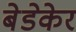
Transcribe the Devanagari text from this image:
बेडेकेर